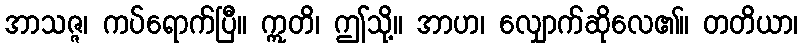
အာသဇ္ဇ၊ ကပ်ရောက်ပြီ။ ဣတိ၊ ဤသို့။ အာဟ၊ လျှောက်ဆိုလေ၏။ တတိယာ၊